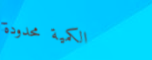
الكمية محدودة